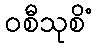
ဝစီသုစိံ